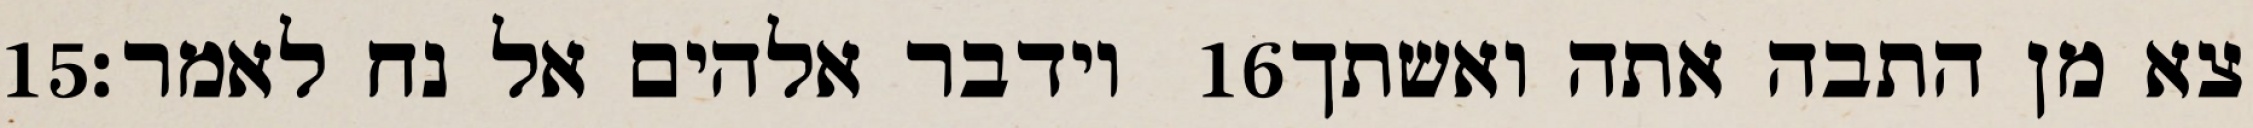
‎15‏ וידבר אלהים אל נח לאמר׃ ‎16‏ צא מן התבה אתה ואשתך